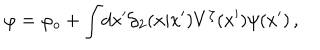
\varphi = \varphi _ { o } + \int \! d x ^ { \prime } { \cal G } _ { 2 } ( x | x ^ { \prime } ) V ^ { \zeta } ( x ^ { \prime } ) \psi ( x ^ { \prime } ) \, ,